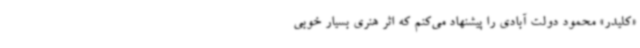
«کلیدر» محمود دولت آبادی را پیشنهاد می‌کنم که اثر هنری بسیار خوبی